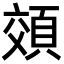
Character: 頝